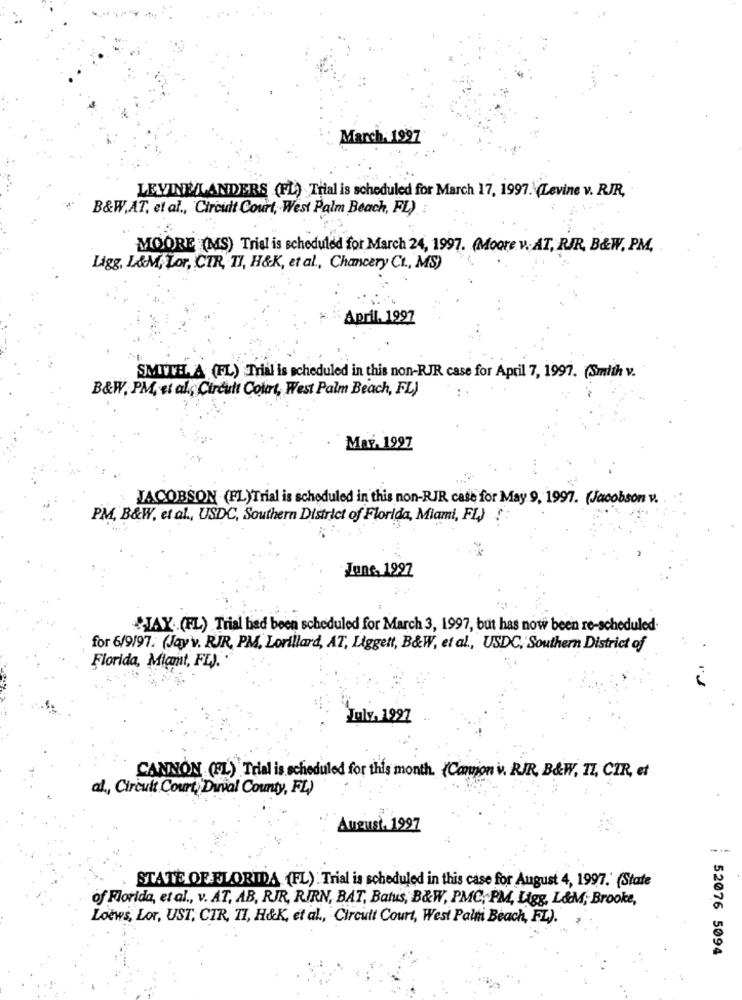
March. 1997
LEVINELANDERS (FL) Trial is scheduled for March 17, 1997. (Levine v. RJR,
B&W,AT, et al ., Circuit Court, West Palm Beach, FL)
MOORE (MS) Trial is scheduled for March 24, 1997. (Moore v. AT, RIR, B&W. PM,
Ligg, L&M, Lor, CTR, TI, H&K, et al ., Chancery CI ., MS)
April. 1997
SMITH, A (FL) Trial is scheduled in this non-RJR case for April 7, 1997. (Smith v.
B&W, PM, et al ., Circuit Court, West Palm Beach, FL)
Mar. 1997
JACOBSON (FL)Trial is scheduled in this non-RJR case for May 9, 1997. (Jacobson v.
PM, B&W, et al ., USDC, Southern District of Florida, Miami, FL)
June, 1997
JAY.(FL) Trial had been scheduled for March 3, 1997, but has now been re-scheduled.
for 6/9/97. (Jay v. RJR. PM. Lorillard, AT, Liggett, B&W, et al ., USDC, Southern District of
Florida, Miami, FL).
PJ
Julv. 1997
CANNON (FL) Trial is scheduled for this month. (Cannon v. RJR, B&W, IZ, CIR, et
al ., Circuit Court, Duval County, FL)
August. 1997
STATE OF FLORIDA (FL): Trial is scheduled in this case for August 4, 1997.' (State
of Florida, et al ., v. AT, AB, RIR, RIRN, BAT, Batus, B&W, PMC, PM, Ligg, L&M; Brooke,
Loews, Lor, UST, CTR, TI, H&K, et al ., Circuit Court, West Palm Beach, FL).
52076 5094